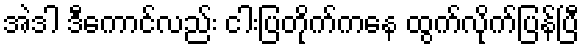
အဲဒါ ဒီကောင်လည်း ငါးပြတိုက်ကနေ ထွက်လိုက်ပြန်ပြီ